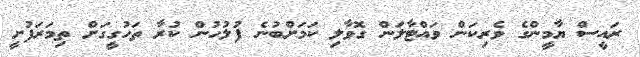
ރައީސް ޔާމީންގެ ވެރިކަން ވައްޓާލަން ގޮވާލި ކަމަށްބުނެ ފުލުހުން ކުރާ ތަހުގީގަށް ތިމަރަފުށީ